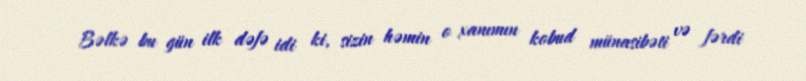
Bəlkə bu gün ilk dəfə idi ki, sizin həmin o xanımın kobud münasibəti və fərdi